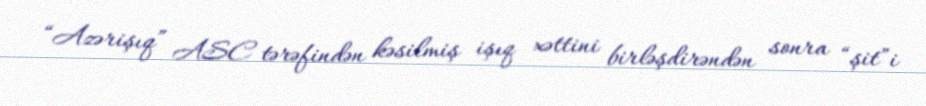
“Azərişıq” ASC tərəfindən kəsilmiş işıq xəttini birləşdirəndən sonra “şit”i